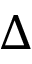
\Delta